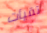
تقيأت